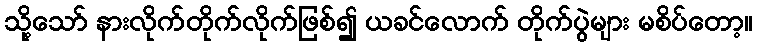
သို့သော် နားလိုက်တိုက်လိုက်ဖြစ်၍ ယခင်လောက် တိုက်ပွဲများ မစိပ်တော့။